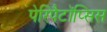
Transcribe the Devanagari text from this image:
पेरिपैटॉप्सिस